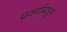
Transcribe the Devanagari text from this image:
प्रवर्गामधून